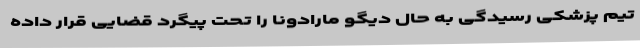
تیم پزشکی رسیدگی به حال دیگو مارادونا را تحت پیگرد قضایی قرار داده